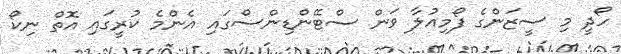
ހޯދީ މި ސީޒަންގެ ފޯމިއުލާ ވަން ސްޓޭންޑިންސްގައި އެންމެ ކުރީގައި އޮތް ނިކޯ